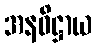
အနဓိဋ္ဌာယ